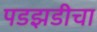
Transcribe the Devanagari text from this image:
पडझडीचा